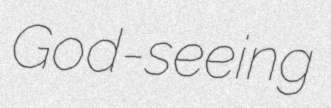
God-seeing